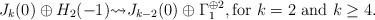
\begin{align*} J_{k}(0) \oplus H_2(-1) {\rightsquigarrow} J_{k-2}(0) \oplus \Gamma_1^{\oplus 2}, \mbox{for $k=2$ and $k \geq 4$}.\end{align*}